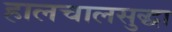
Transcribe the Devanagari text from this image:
हालचालसुद्धा